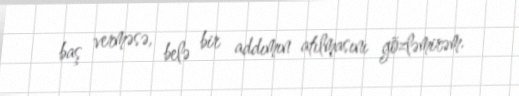
baş verməsə, belə bir addımın atılmasını gözləmirəm.